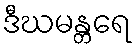
ဒီဃမန္တရေ